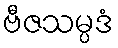
ဗီဇသမ္ပဒံ